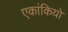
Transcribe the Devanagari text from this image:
एकांकियो